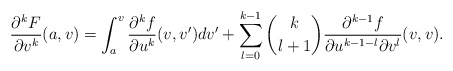
\begin{align*} \frac{\partial^kF}{\partial v^k}(a,v)=\int_a^v\frac{\partial^kf}{\partial u^k}(v,v')dv'+\sum_{l=0}^{k-1}\binom{k}{l+1}\frac{\partial^{k-1}f}{\partial u^{k-1-l}\partial v^l}(v,v).\end{align*}